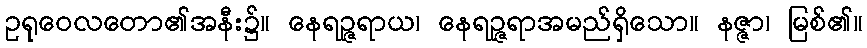
ဥရုဝေလတော၏အနီး၌။ နေရဉ္ဇရာယ၊ နေရဉ္ဇရာအမည်ရှိသော။ နဇ္ဇာ၊ မြစ်၏။